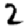
Digit: 2